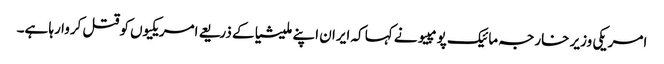
امریکی وزیر خارجہ مائیک پومپیو نے کہا کہ ایران اپنے ملیشیا کے ذریعے امریکیوں کو قتل کروا رہا ہے۔